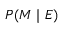
P ( M \mid E )